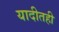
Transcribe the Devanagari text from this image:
यादीतही